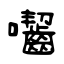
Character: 囓